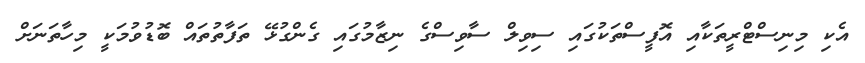
އެކި މިނިސްޓްރީތަކާއި އޮފީސްތަކުގައި ސިވިލް ސާވިސްގެ ނިޒާމުގައި ގެންގުޅޭ ތަފާތުތައް ބޮޑުވުމަކީ މިހާތަނަށް